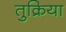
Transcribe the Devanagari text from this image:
तुक्रिया